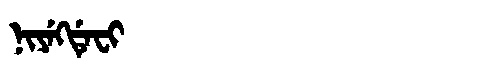
Manchu: ᠨᡳᠶᡝᡴᡩᡝᠸᡳ
Romanization: NIYEKDEFI